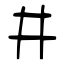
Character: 井